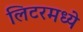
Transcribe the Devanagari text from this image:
लिटरमध्ये